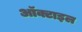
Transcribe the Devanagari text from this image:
ऑक्टाइल